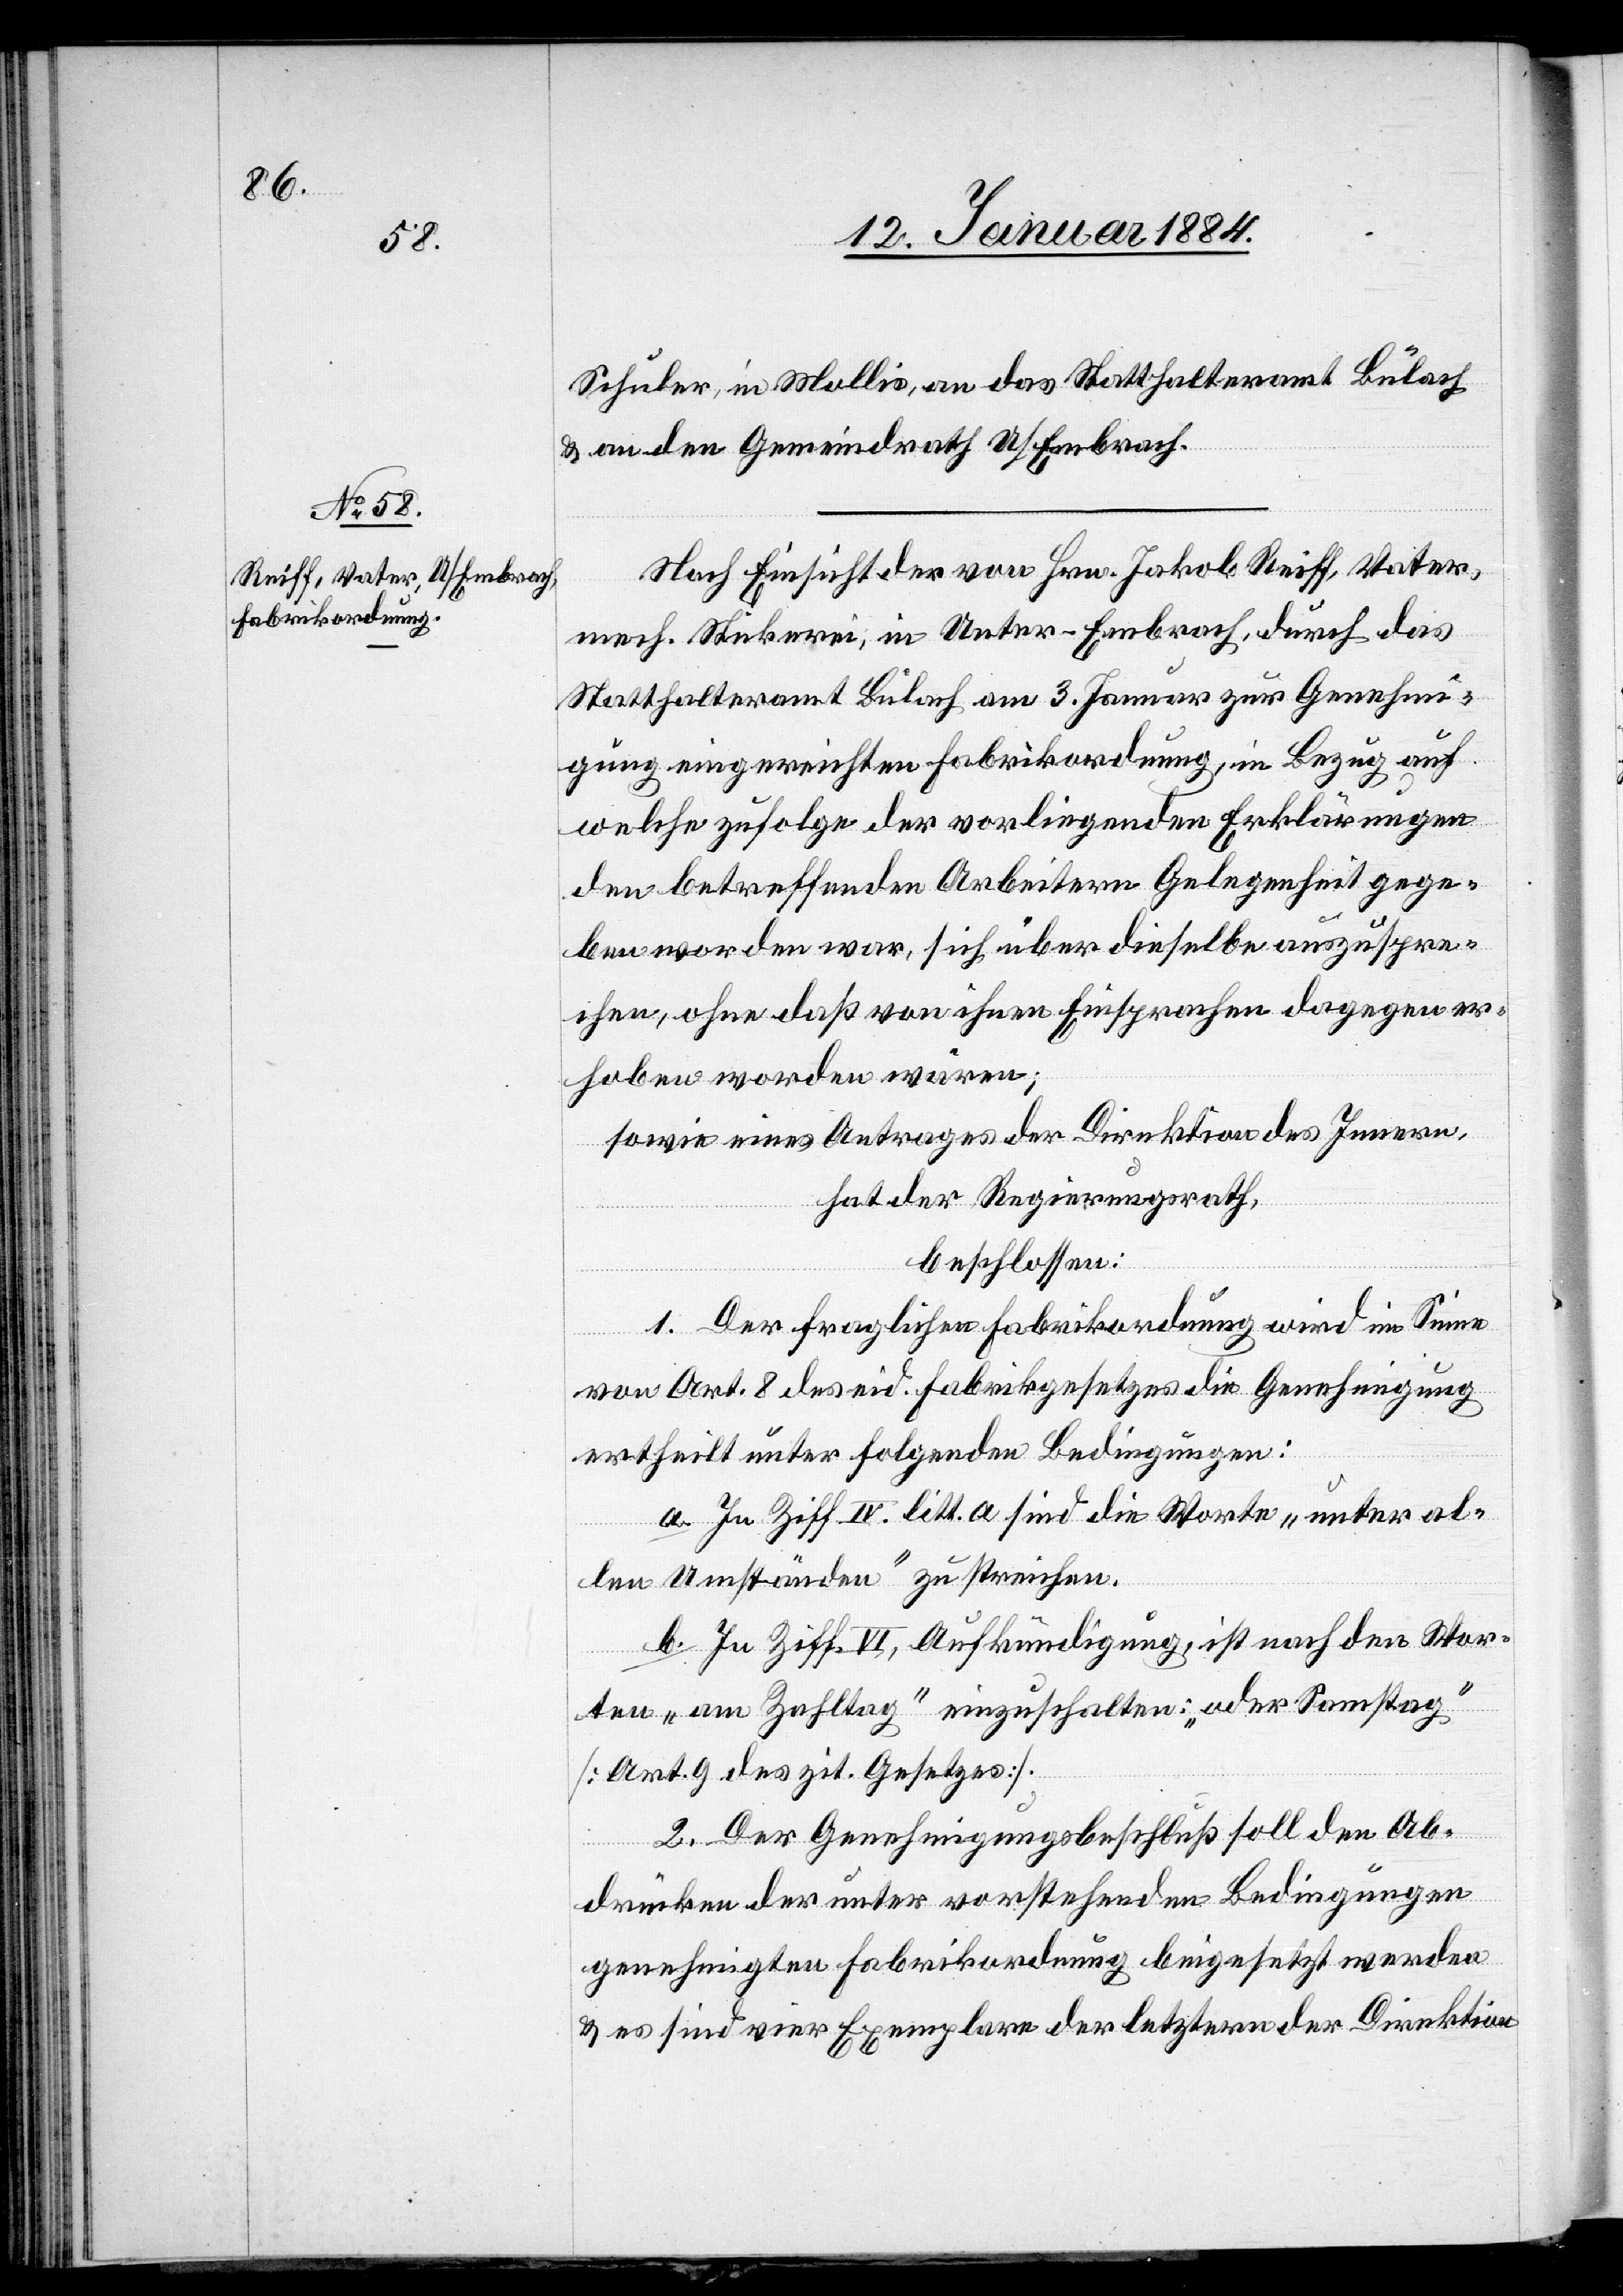
Schuler, in Mollis, an das Statthalteramt Bülach
& an den Gemeindrath U/Embrach.
Nach Einsicht der von Hrn. Jakob Reiff, Vater,
mech. Stickerei, in Unter-Embrach, durch das
Statthalteramt Bülach am 3. Januar zur Genehmi¬
gung eingereichten Fabrikordnung, in Bezug auf
welche zufolge der vorliegenden Erklärungen
den betreffenden Arbeitern Gelegenheit gege¬
ben worden war, sich über dieselbe auszuspre¬
chen, ohne daß von ihnen Einsprachen dagegen er¬
hoben worden wären;
sowie eines Antrages der Direktion des Innern,
hat der Regierungsrath,
beschlossen:
1. Der fraglichen Fabrikordnung wird im Sinne
von Art. 8 des eid. Fabrikgesetzes die Genehmigung
ertheilt unter folgenden Bedingungen:
a. In Ziff. IV. litt. a sind die Worte „unter al¬
len Umständen“ zu streichen.
b. In Ziff. VI, Aufkündigung, ist nach den Wor¬
ten „am Zahltag“ einzuschalten: „oder Samstag“
[Art. 9 des zit. Gesetzes].
2. Der Genehmigungsbeschluß soll den Ab¬
drücken der unter vorstehenden Bedingungen
genehmigten Fabrikordnung beigesetzt werden
& es sind vier Exemplare der letztern der Direktion